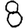
Digit: 8